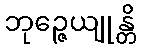
ဘုဉ္ဇေယျုန္တိ